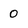
Character: 0